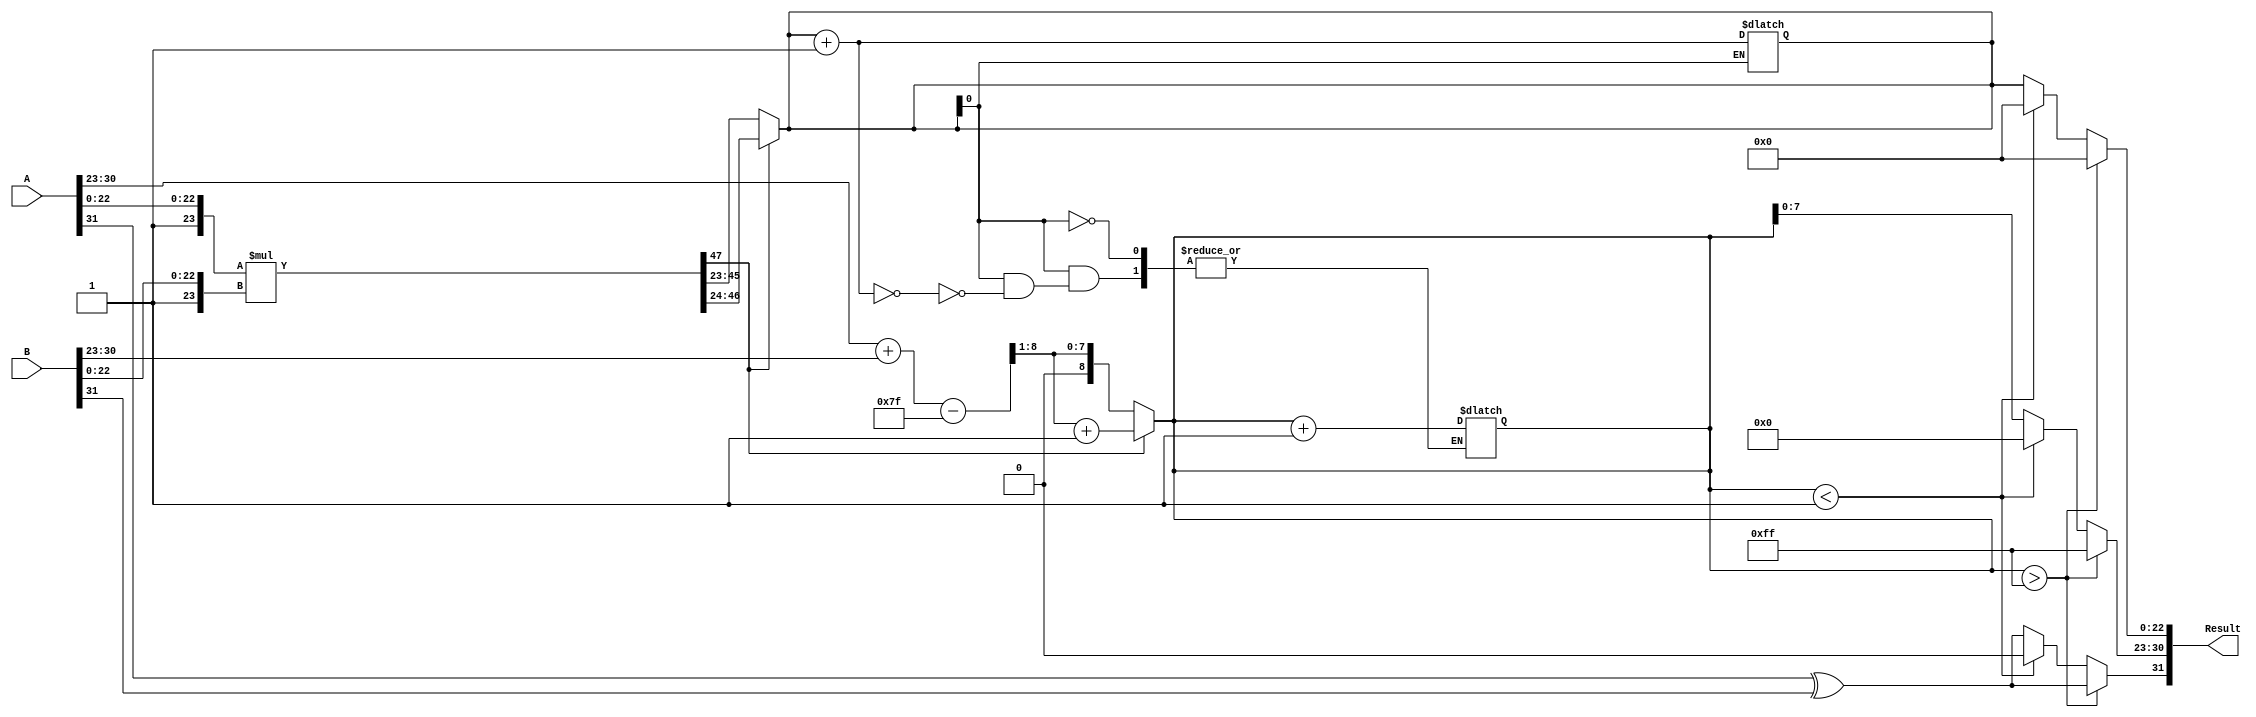
module floating_point_multiplier (
    input  wire [31:0] A, // First floating-point operand
    input  wire [31:0] B, // Second floating-point operand
    output reg  [31:0] Result // Result of the multiplication
);

    // Constants for IEEE 754 single-precision
    localparam BIAS = 8'd127;
    localparam EXPONENT_WIDTH = 8;
    localparam MANTISSA_WIDTH = 23;

    // Extract components from the inputs
    wire sign_A = A[31];
    wire [EXPONENT_WIDTH-1:0] exponent_A = A[30:23];
    wire [MANTISSA_WIDTH-1:0] mantissa_A = A[22:0];

    wire sign_B = B[31];
    wire [EXPONENT_WIDTH-1:0] exponent_B = B[30:23];
    wire [MANTISSA_WIDTH-1:0] mantissa_B = B[22:0];

    // Sign Calculation
    wire sign_result = sign_A ^ sign_B;

    // Exponent Calculation
    wire [EXPONENT_WIDTH:0] exponent_sum = {1'b0, exponent_A} + {1'b0, exponent_B} - BIAS;
    wire [EXPONENT_WIDTH-1:0] exponent_result = exponent_sum[EXPONENT_WIDTH:1];

    // Mantissa Calculation
    wire [MANTISSA_WIDTH:0] mantissa_A_ext = {1'b1, mantissa_A}; // Implicit leading 1
    wire [MANTISSA_WIDTH:0] mantissa_B_ext = {1'b1, mantissa_B}; // Implicit leading 1
    wire [47:0] mantissa_product = mantissa_A_ext * mantissa_B_ext; // 24-bit x 24-bit = 48-bit product

    // Normalization
    reg [MANTISSA_WIDTH-1:0] mantissa_norm;
    reg [EXPONENT_WIDTH:0] exponent_norm = 0;
    always @(*) begin
        if (mantissa_product[47]) begin // If leading bit is 1, already normalized
            mantissa_norm = mantissa_product[46:MANTISSA_WIDTH+1];
            exponent_norm = exponent_result + 1;
        end else begin // Not normalized; need to shift right
            mantissa_norm = mantissa_product[46:MANTISSA_WIDTH]; // Shift right
            exponent_norm = exponent_result; // No change in exponent
        end
    end

    // Rounding
    wire [24:0] mantissa_round = {1'b0, mantissa_norm}; // 24-bit for rounding
    wire round_bit = mantissa_round[0]; // LSB for rounding

    always @(*) begin
        if (round_bit) begin
            // Add 1 if rounding bit is set
            mantissa_norm = mantissa_norm + 1;
            if (mantissa_norm == 0) begin // Check for overflow in mantissa
                exponent_norm = exponent_norm + 1;
            end
        end
    end

    // Assemble final result
    always @(*) begin
        Result[31] = sign_result; // Set sign bit
        if (exponent_norm > 255) begin
            // Overflow case, set to infinity
            Result[30:23] = 8'b11111111; // Set exponent to all 1s (infinity)
            Result[22:0] = 0; // Mantissa = 0
        end else if (exponent_norm < 1) begin
            // Underflow case, set to zero
            Result = 32'b0;
        end else begin
            Result[30:23] = exponent_norm[EXPONENT_WIDTH-1:0]; // Exponent
            Result[22:0] = mantissa_norm[MANTISSA_WIDTH-1:0]; // Mantissa
        end
    end

endmodule